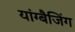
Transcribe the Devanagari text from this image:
यांग्बैजिंग